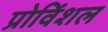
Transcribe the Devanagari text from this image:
प्रोविंशल